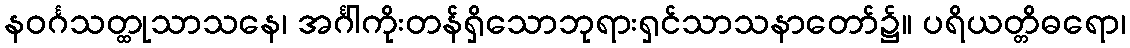
နဝင်္ဂသတ္ထုသာသနေ၊ အင်္ဂါကိုးတန်ရှိသောဘုရားရှင်သာသနာတော်၌။ ပရိယတ္တိဓရော၊